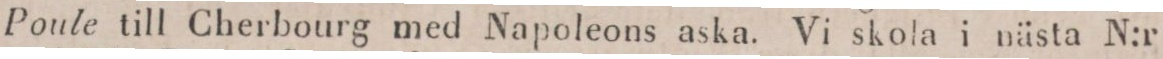
Poule till Cherbourg med Napoleons aska. Vi skola i nästa N:r